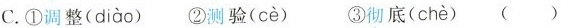
C.①调整( diào ) ②测验( cè ) ③彻底( chè ) ()